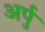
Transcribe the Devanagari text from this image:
अर्पु